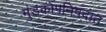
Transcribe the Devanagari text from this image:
मुंडकोपनिषदात